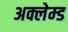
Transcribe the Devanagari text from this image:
अक्लेम्ड